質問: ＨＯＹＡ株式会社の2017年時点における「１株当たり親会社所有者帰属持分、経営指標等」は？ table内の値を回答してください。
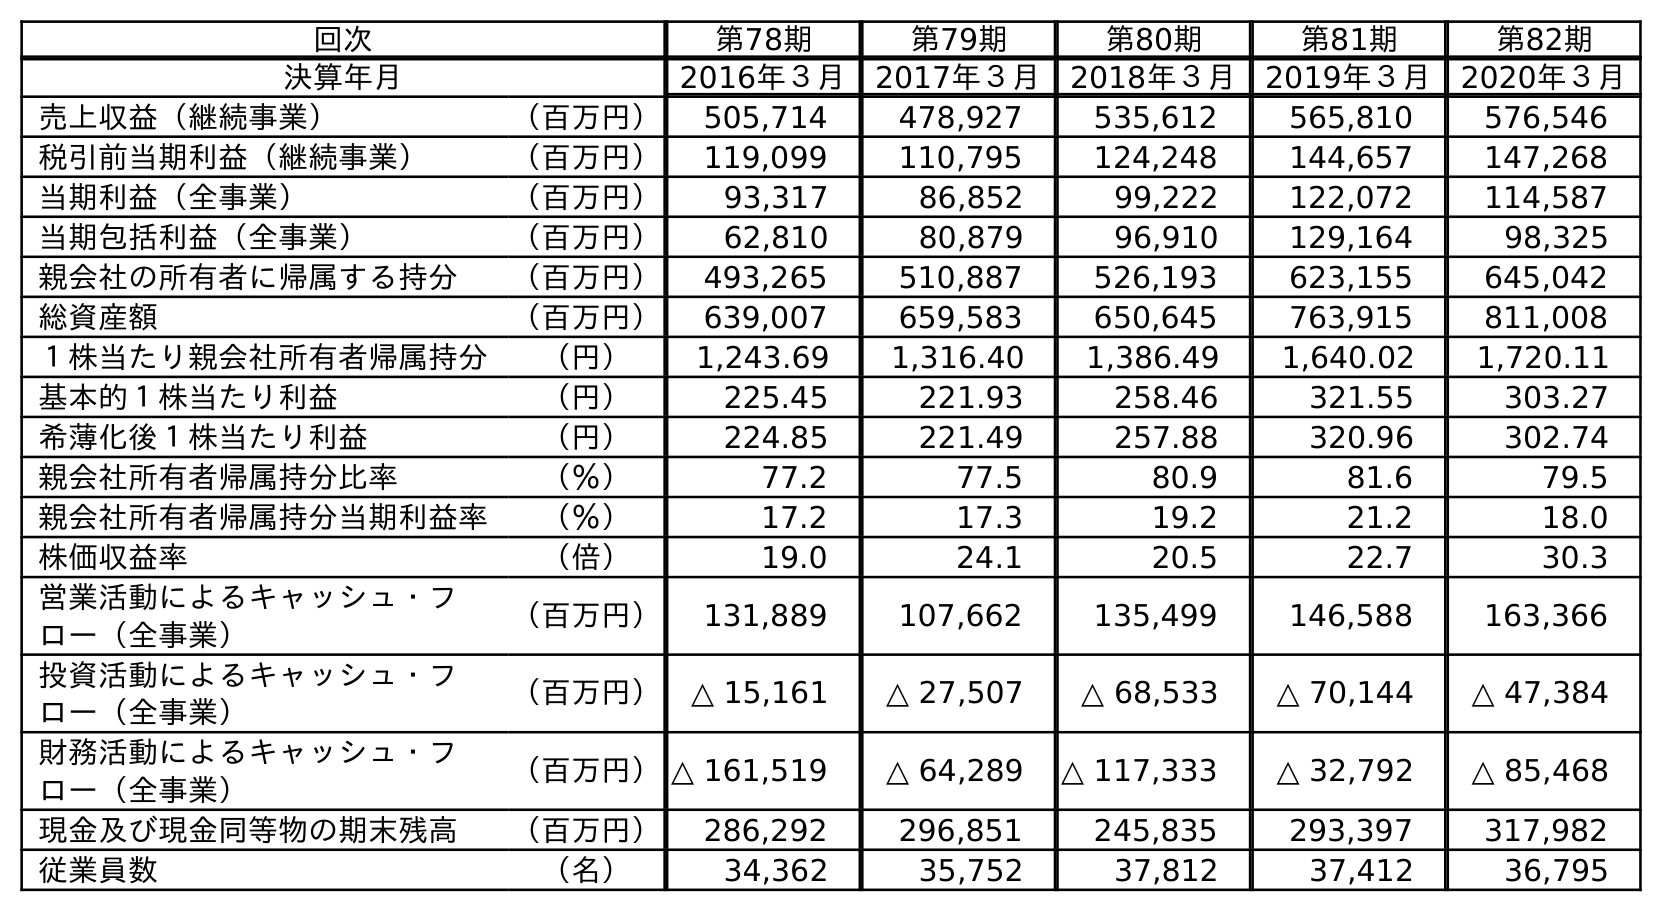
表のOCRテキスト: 回次 第78期 第79期 第80期 第81期 第82期 決算年月 2016年３月 2017年３月 2018年３月 2019年３月 2020年３月 売上収益（継続事業） （百万円） 505,714 478,927 535,612 565,810 576,546 税引前当期利益（継続事業） （百万円） 119,099 110,795 124,248 144,657 147,268 当期利益（全事業） （百万円） 93,317 86,852 99,222 122,072 114,587 当期包括利益（全事業） （百万円） 62,810 80,879 96,910 129,164 98,325 親会社の所有者に帰属する持分 （百万円） 493,265 510,887 526,193 623,155 645,042 総資産額 （百万円） 639,007 659,583 650,645 763,915 811,008 １株当たり親会社所有者帰属持分 （円） 1,243.69 1,316.40 1,386.49 1,640.02 1,720.11 基本的１株当たり利益 （円） 225.45 221.93 258.46 321.55 303.27 希薄化後１株当たり利益 （円） 224.85 221.49 257.88 320.96 302.74 親会社所有者帰属持分比率 （％） 77.2 77.5 80.9 81.6 79.5 親会社所有者帰属持分当期利益率 （％） 17.2 17.3 19.2 21.2 18.0 株価収益率 （倍） 19.0 24.1 20.5 22.7 30.3 営業活動によるキャッシュ・フ ロー（全事業） （百万円） 131,889 107,662 135,499 146,588 163,366 投資活動によるキャッシュ・フ ロー（全事業） （百万円） △ 15,161 △ 27,507 △ 68,533 △ 70,144 △ 47,384 財務活動によるキャッシュ・フ ロー（全事業） （百万円）△ 161,519 △ 64,289 △ 117,333 △ 32,792 △ 85,468 現金及び現金同等物の期末残高 （百万円） 286,292 296,851 245,835 293,397 317,982 従業員数 （名） 34,362 35,752 37,812 37,412 36,795
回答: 1,316.40